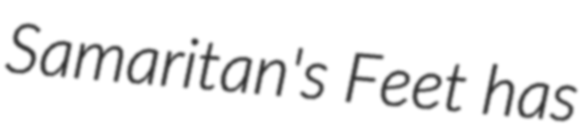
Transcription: Samaritan's Feet has